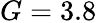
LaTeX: G=3.8